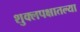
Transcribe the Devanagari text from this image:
शुक्लपक्षातल्या